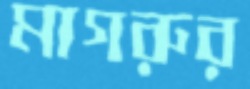
মাগরুর